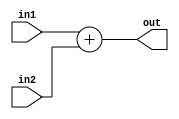
`timescale 1ns / 1ns
module ADD(out,in1,in2);
    input [31:0]in1,in2;
    output reg[31:0]out;
    always@(*)
        out = in1+in2;
endmodule